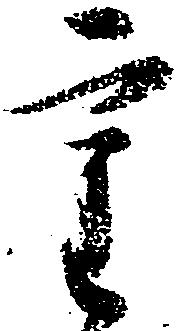
重